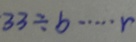
3 3 \div b \cdots r